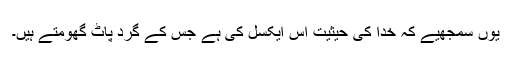
یوں سمجھیے کہ خدا کی حیثیت اُس ایکسل کی ہے جس کے گرد پاٹ گھومتے ہیں۔